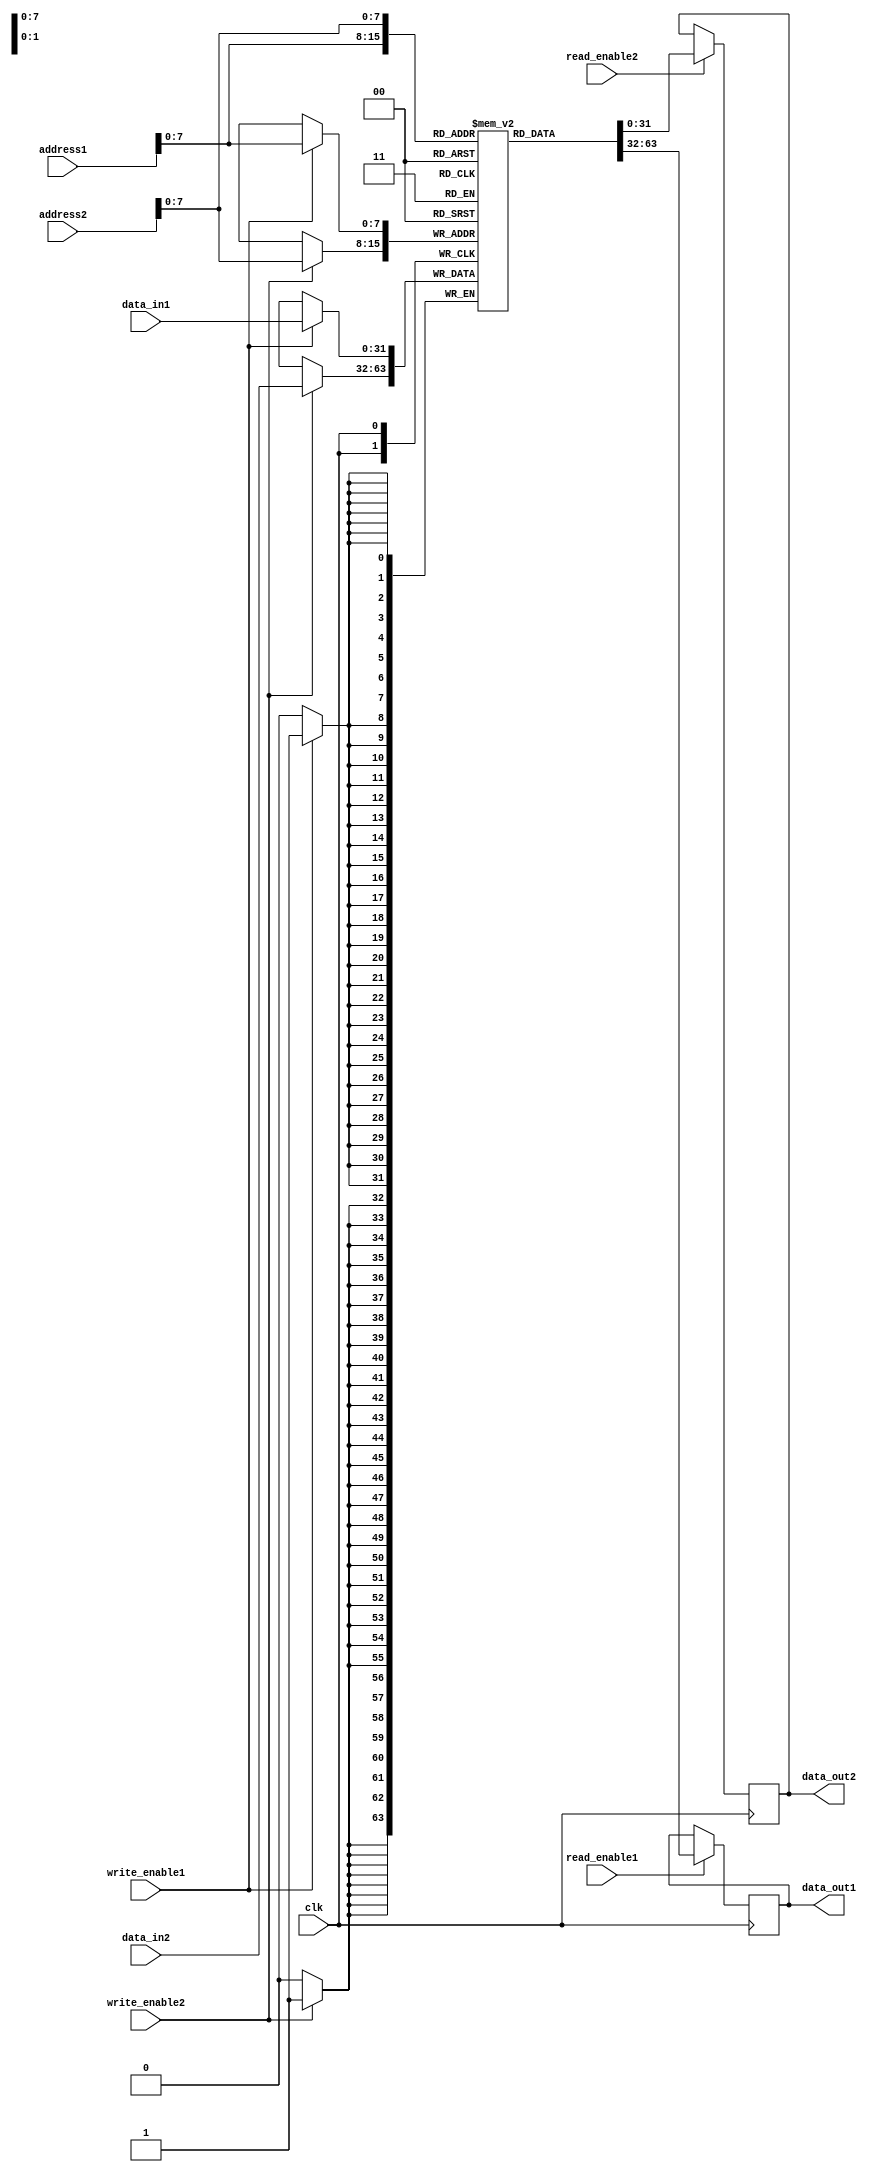
module dual_port_ram (
  input wire clk,
  input wire read_enable1, write_enable1,
  input wire read_enable2, write_enable2,
  input wire [31:0] address1, address2,
  input wire [31:0] data_in1, data_in2,
  output reg [31:0] data_out1, data_out2
);

reg [31:0] memory [0:255];

always @ (posedge clk) begin
  if (write_enable1)
    memory[address1] <= data_in1;
  if (write_enable2)
    memory[address2] <= data_in2;
  
  if (read_enable1)
    data_out1 <= memory[address1];
  if (read_enable2)
    data_out2 <= memory[address2];
end

endmodule